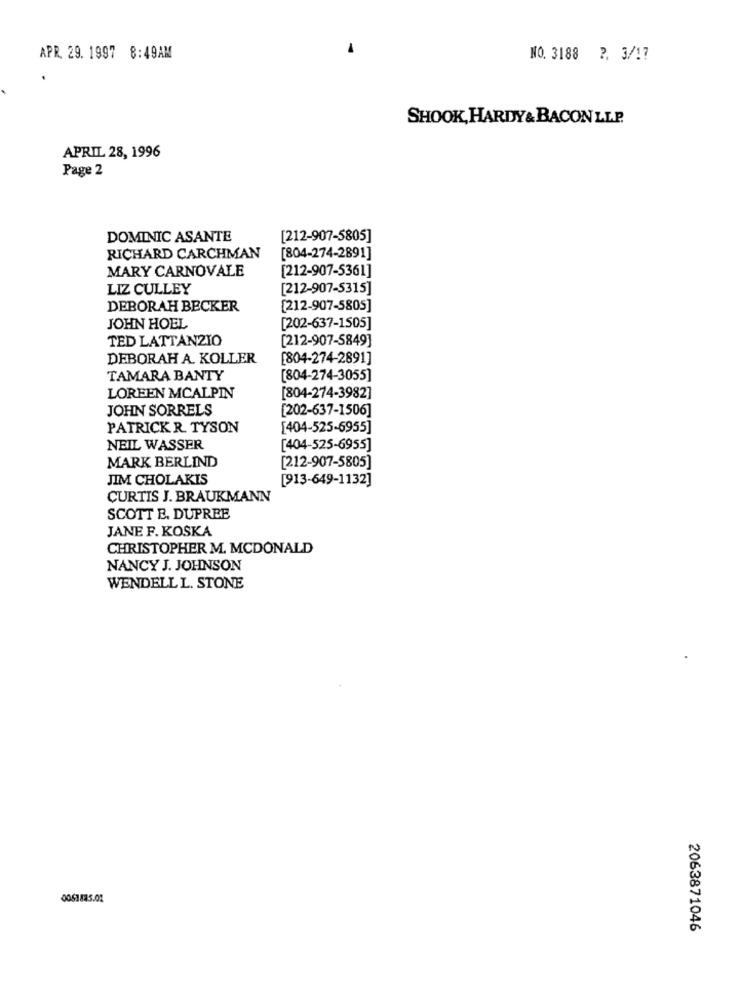
APR 29. 1997 8:49AM
NO. 3188 ?. 3/17
SHOOK, HARDY& BACON LLP.
APRIL 28, 1996
Page 2
DOMINIC ASANTE
[212-907-5805]
RICHARD CARCHMAN
[804-274-2891]
MARY CARNOVALE
[212-907-5361]
LIZ CULLEY
[212-907-5315]
DEBORAH BECKER
[212-907-5805]
JOHN HOEL
[202-637-1505]
TED LATTANZIO
[212-907-5849]
DEBORAH A. KOLLER
[804-274-2891]
TAMARA BANTY
[804-274-3055]
LOREEN MCALPIN
[804-274-3982]
JOHN SORRELS
[202-637-1506]
PATRICK R. TYSON
[404-525-6955]
NEIL WASSER
[404-525-6955]
MARK BERLIND
[212-907-5805]
JIM CHOLAKIS
[913-649-1132]
CURTIS J. BRAUKMANN
SCOTT E. DUPREE
JANE F. KOSKA
CHRISTOPHER M. MCDONALD
NANCY J. JOHNSON
WENDELL L. STONE
0061885.01
2063871046